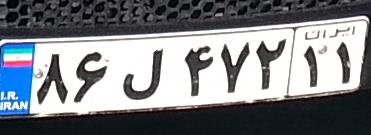
۸۶ل۴۷۲۱۱